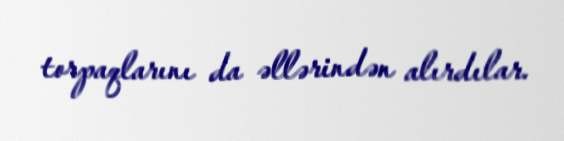
torpaqlarını da əllərindən alırdılar.